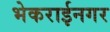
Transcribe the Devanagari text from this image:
भेकराईनगर